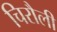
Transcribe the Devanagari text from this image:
चिरौली